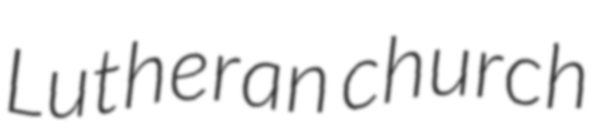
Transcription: Lutheran church